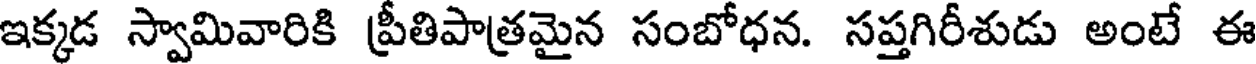
ఇక్కడ స్వామివారికి ప్రీతిపాత్రమైన సంబోధన. సప్తగిరీశుడు అంటే ఈ